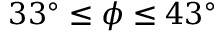
3 3 ^ { \circ } \leq \phi \leq 4 3 ^ { \circ }